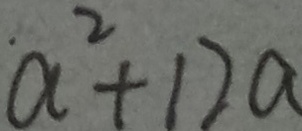
a ^ { 2 } + 1 2 a